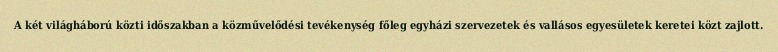
A két világháború közti időszakban a közművelődési tevékenység főleg egyházi szervezetek és vallásos egyesületek keretei közt zajlott.